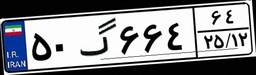
۵۰گ۶۶۴۶۴